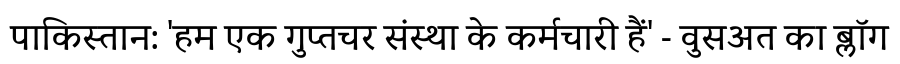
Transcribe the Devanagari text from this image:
पाकिस्तान: 'हम एक गुप्तचर संस्था के कर्मचारी हैं' - वुसअत का ब्लॉग